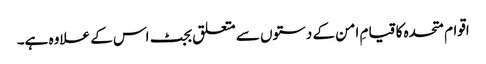
اقوام متحدہ کا قیامِ امن کے دستوں سے متعلق بجٹ اس کے علاوہ ہے۔